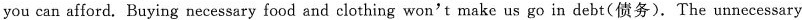
you can afford. Buying necessary food and clothing won't make us go into debt(债务). The unnecessary